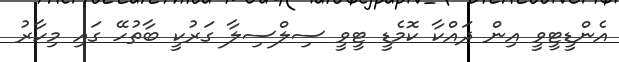
އެންޑީޓީވީ އިން ދައްކާ ކޮމެޑީ ޓީވީ ސިލްސިލާ ގަރުކީ ބާތުހޭ ގައި މިހާރު